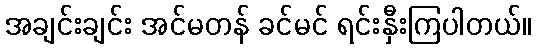
အချင်းချင်း အင်မတန် ခင်မင် ရင်းနှီးကြပါတယ်။